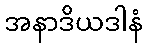
အနာဒိယဒါနံ